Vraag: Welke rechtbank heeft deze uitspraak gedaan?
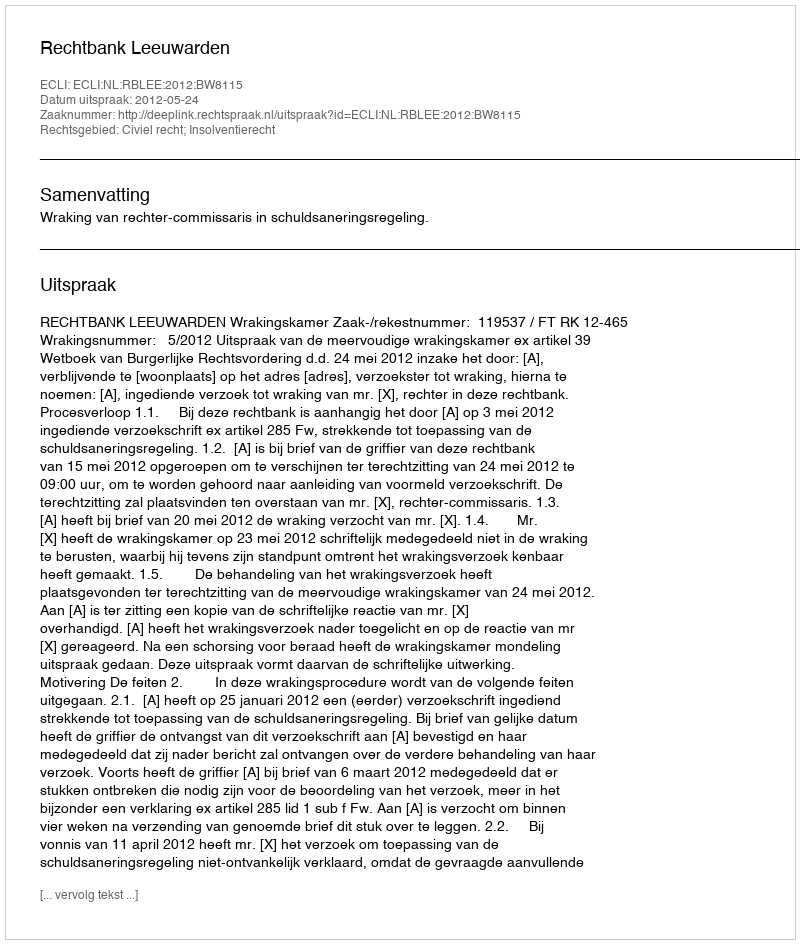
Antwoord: Rechtbank Leeuwarden